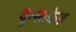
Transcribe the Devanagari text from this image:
वून्साकेत